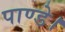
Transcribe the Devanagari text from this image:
पाण्डे।